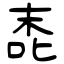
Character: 唜